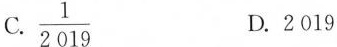
C.$$\frac{1}{2019}$$ D.2019